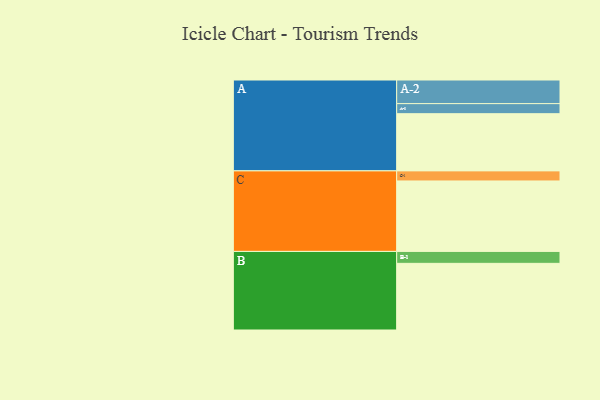
{"axis": {"x": "Segment", "y": "Value"}, "legend": ["", "A", "B", "C"], "data": [{"x": "A", "y": 465, "type": ""}, {"x": "B", "y": 542, "type": ""}, {"x": "C", "y": 573, "type": ""}, {"x": "A-1", "y": 82, "type": "A"}, {"x": "A-2", "y": 192, "type": "A"}, {"x": "B-1", "y": 97, "type": "B"}, {"x": "C-1", "y": 82, "type": "C"}]}